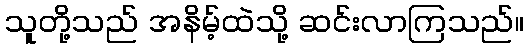
သူတို့သည် အနိမ့်ထဲသို့ ဆင်းလာကြသည်။